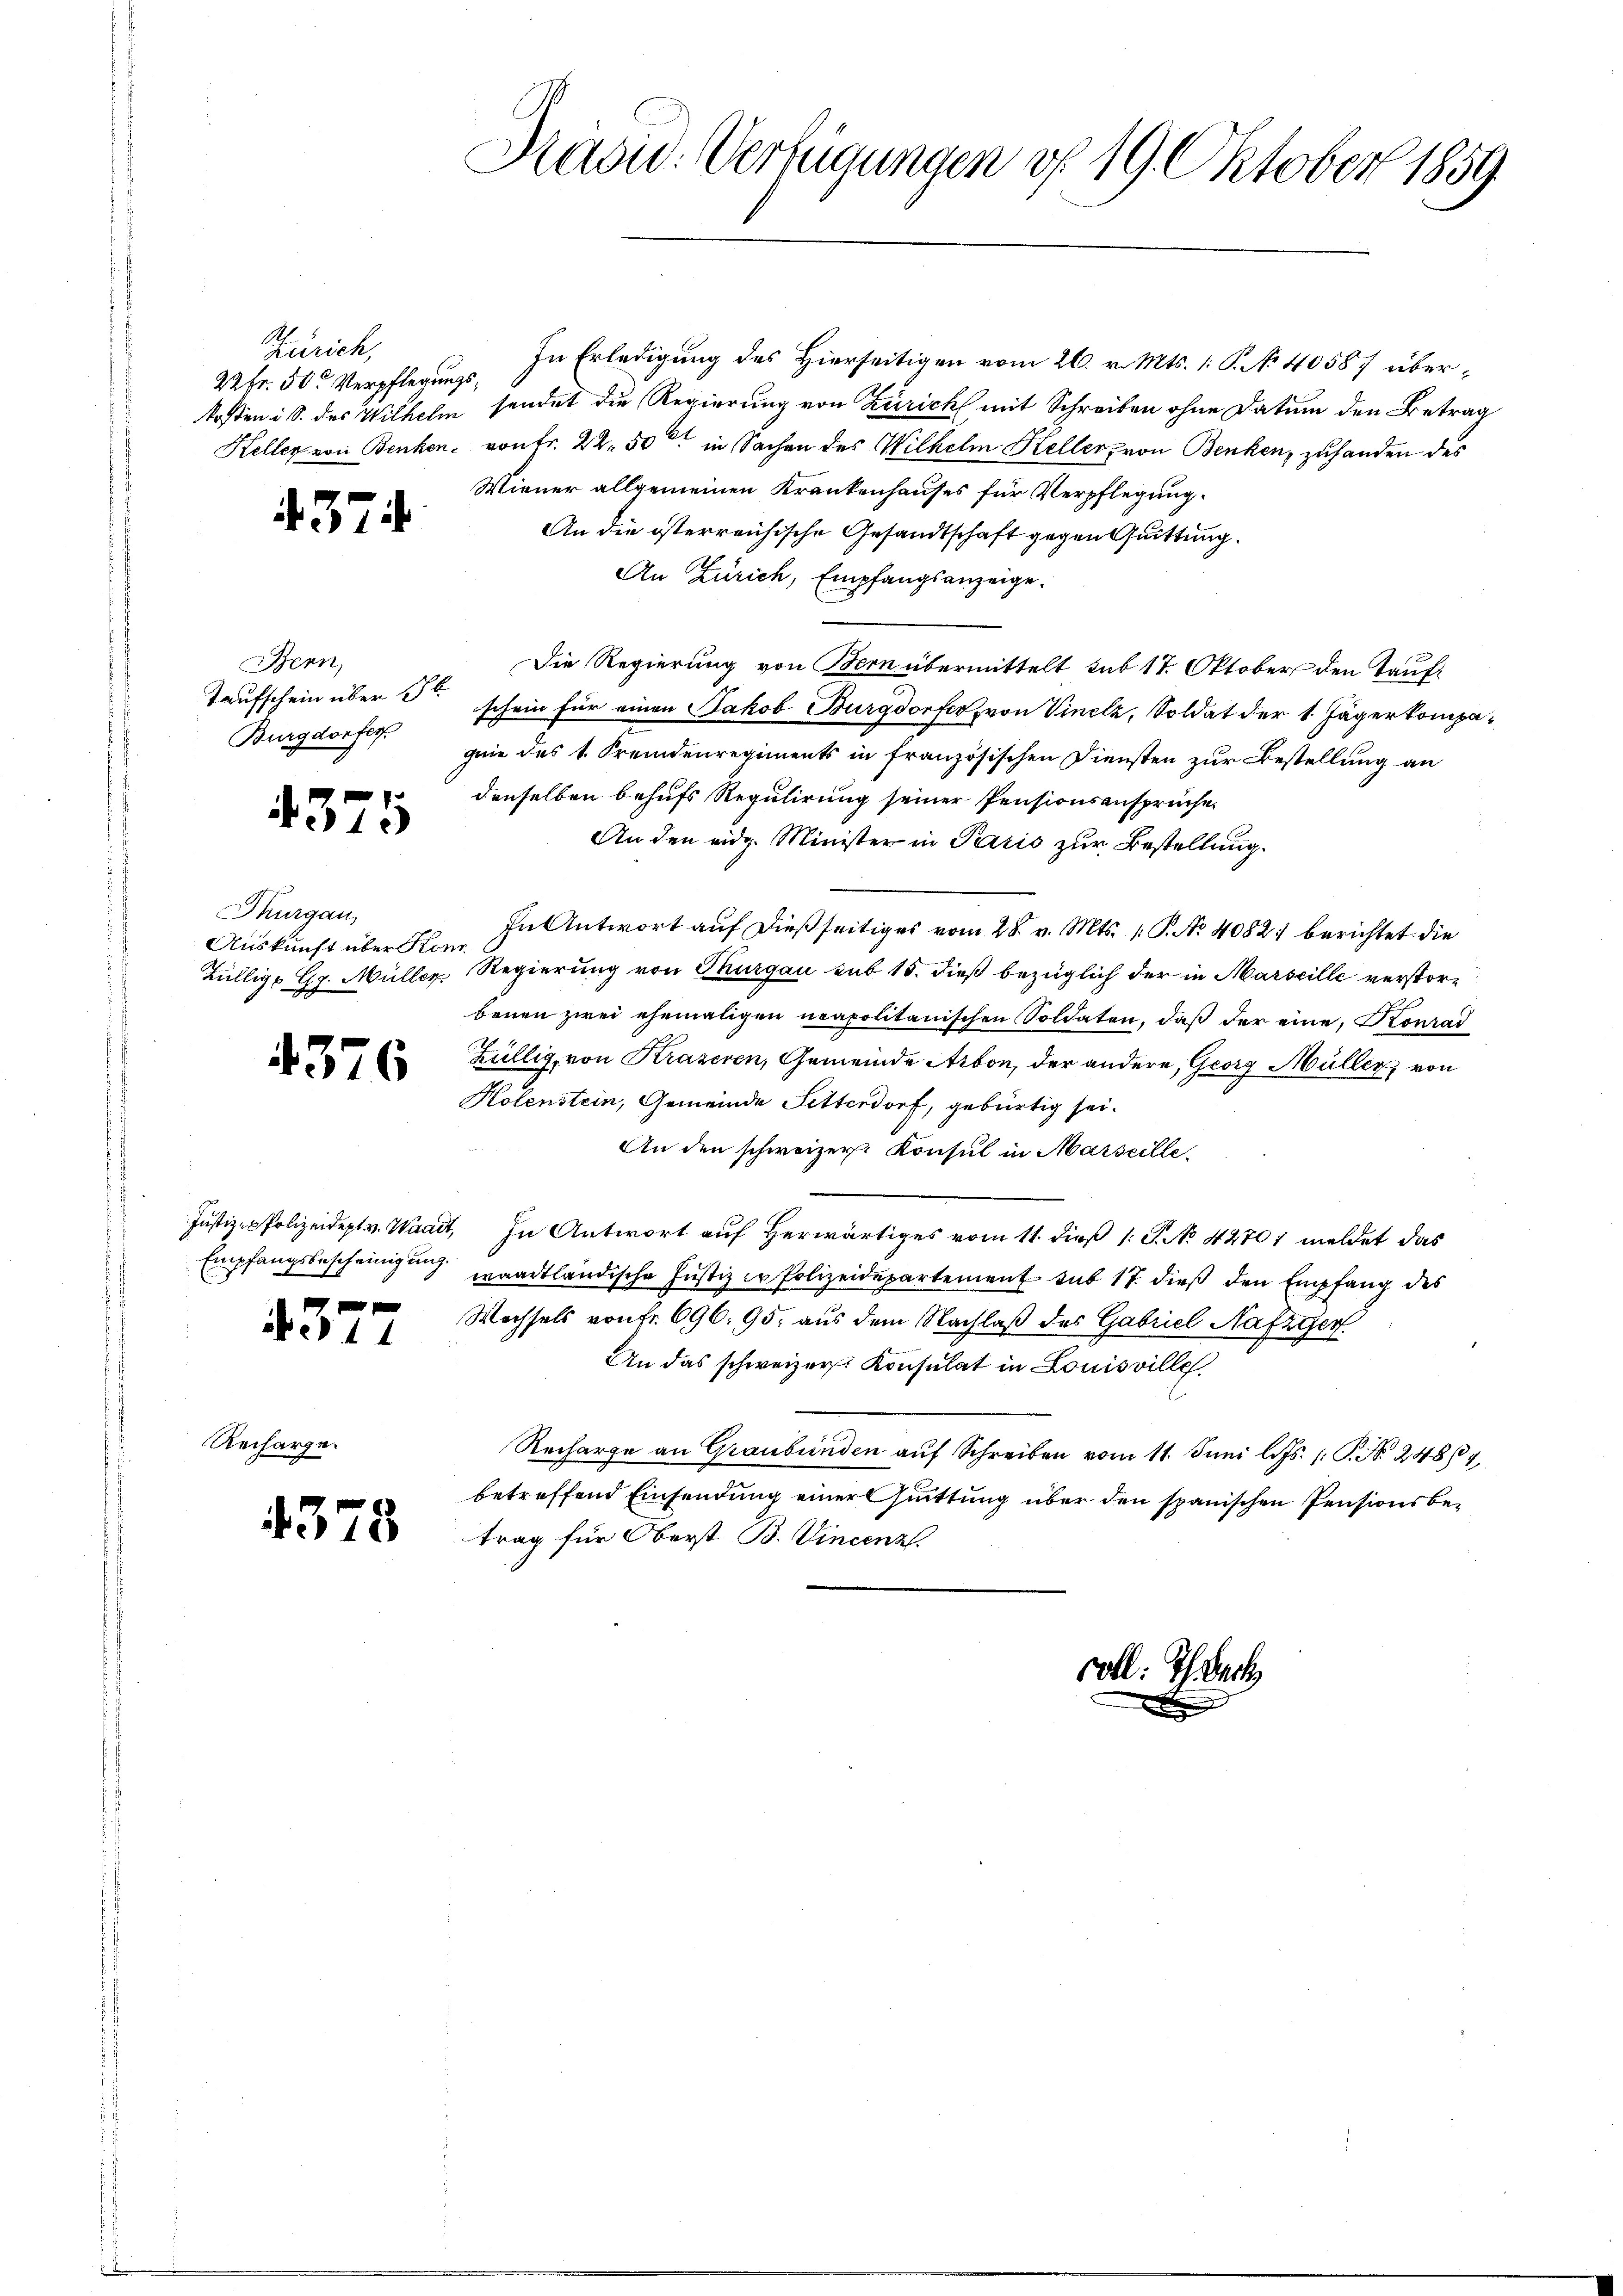
Zürich,
22 Fr. 50. Verpflegungs¬

Recharge.

4374.

Bern,
Taufschein über Schl
Burgdorfer

4375

Thurgau,
Auskunft über Kon

4376

4377

4378

Präsid. Verfügungen d. 19. Oktober 1859

In Erledigung des Hierseitigen vom 26. v. Mts. 1. P. No 40587 überkosten i S. des Wilhelm sendet die Regierung von Zürich mit Schreiben ohne Datum den Betrag
Heller von Benken, von Fr. 22. 50 in Sachen des Wilhelm Keller, von Benken, zuhanden des
Wiener allgemeinen Krankenhauses für Verpflegung.
An die österreichische Gesandtschaft gegen Quittung.
An Zürich, Empfangsanzeige.
Die Regierung von Bern übermittelt sub 17. Oktober den Taufschein für einen Jakob Burgdorfer, von Vinelz, Soldat der 1. Jägerkompegnie des 1. Fremdenregiments in französischen Diensten zur Bestellung an
denselben behufs Regulirung seiner Pensionsansprüche
An den eidg. Minister in Paris zur Bestellung.
In Antwort auf dießseitiges vom 28. v. Mts. 1. P. No 4082; berichtet die
Büllige G. Müller Regierung von Thurgau sub 15. dieß bezüglich der in Marseille verstorbenen zwei ehemaligen neapolitanischen Soldaten, daß der eine, Konrad
Züllig, von Kraxeren, Gemeinde Arbon, der andere, Georg Müller, von
Kolenstein, Gemeinde Sitterdorf, gebürtig sei.
An den schweizer Konsul in Marseille.
Justiz-Polizeidept v. Waadt, In Antwort auf Herwärtiges vom 11. dieß 1 S. No 42701 meldet das
Empfangsbescheinigung waadtländische Justiz in Polizeidepartement sub 17. dieß den Empfang des
Wechsels von Fr. 696. 95. aus dem Nachlaß des Gabriel Nafzger
An das schweizer Konsulat in Louisville
Recharge an Graubünden auf Schreiben vom 11. Juni l. Js. (T. N. 24864
betreffend Einsendung einer Quittung über den spanischen Pensionsbetrag für Oberst B. Vincenz.

coll: Ich erk